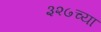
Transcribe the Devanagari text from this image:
३२७च्या